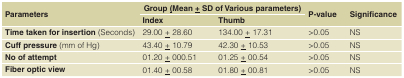
| <ROWSPAN=2> Parameters | <COLSPAN=2> Group (Mean + SD of various parameters) | <ROWSPAN=2> P-value | <ROWSPAN=2> Significance |
 | Index | Thumb |
 | --- | --- | --- | --- | --- |
 | Time taken for insertion(Seconds) | 29.00 ± 28.60 | 134.00 ± 17.31 | >0.05 | NS |
 | Cuff pressure(mm of Hg) | 43.40 ± 10.79 | 42.30 ± 10.53 | >0.05 | NS |
 | No of attempt | 01.20 ± 000.51 | 01.25 ± 00.54 | >0.05 | NS |
 | Fiber optic view | 01.40 ± 00.58 | 01.80 ± 00.81 | >0.05 | NS |